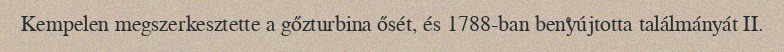
Kempelen megszerkesztette a gőzturbina ősét, és 1788-ban benyújtotta találmányát II.